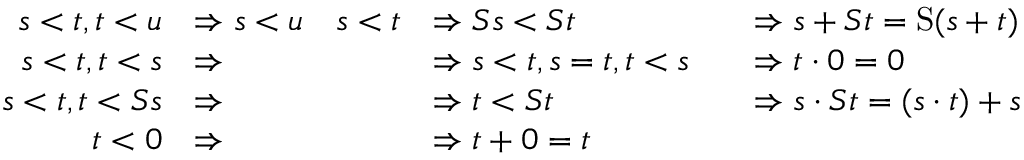
\begin{array} { r l r l r l } { s < t , t < u } & { \Rightarrow s < u } & { s < t } & { \Rightarrow S s < S t } & & { \Rightarrow s + S t = \mathrm { S } ( s + t ) } \\ { s < t , t < s } & { \Rightarrow } & & { \Rightarrow s < t , s = t , t < s } & & { \Rightarrow t \cdot 0 = 0 } \\ { s < t , t < S s } & { \Rightarrow } & & { \Rightarrow t < S t } & & { \Rightarrow s \cdot S t = ( s \cdot t ) + s } \\ { t < 0 } & { \Rightarrow } & & { \Rightarrow t + 0 = t } \end{array}